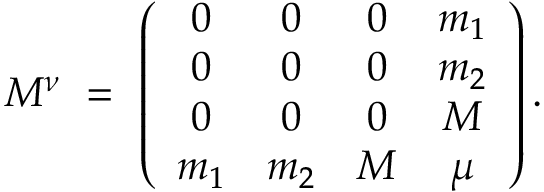
{ \cal M } ^ { \nu } \ = \ \left( \begin{array} { c c c c } { { 0 } } & { { 0 } } & { { 0 } } & { { m _ { 1 } } } \\ { { 0 } } & { { 0 } } & { { 0 } } & { { m _ { 2 } } } \\ { { 0 } } & { { 0 } } & { { 0 } } & { { M } } \\ { { m _ { 1 } } } & { { m _ { 2 } } } & { { M } } & { { \mu } } \end{array} \right) .